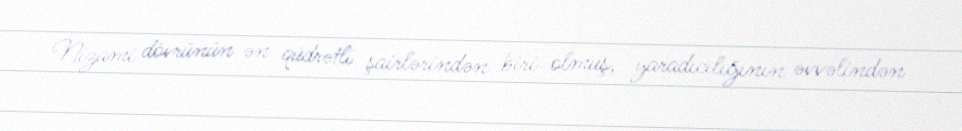
Nizami dövrünün ən qüdrətli şairlərindən biri olmuş, yaradıcılığının əvvəlindən